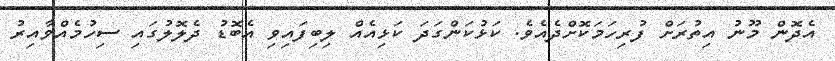
އެދޮން މޫނު އިތުރަށް ފުރިހަމަކޮށްދެއެވެ. ކަޅުކަންގަދަ ކަޅިއެއް ލިބިފައިވި އެބޮޑު ދެލޮލުގައި ސިހުމެއްވާއިރު